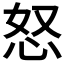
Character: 怒